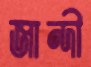
জান্দী